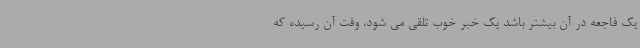
یک فاجعه در آن بیشتر باشد یک خبر خوب تلقی می شود، وقت آن رسیده که